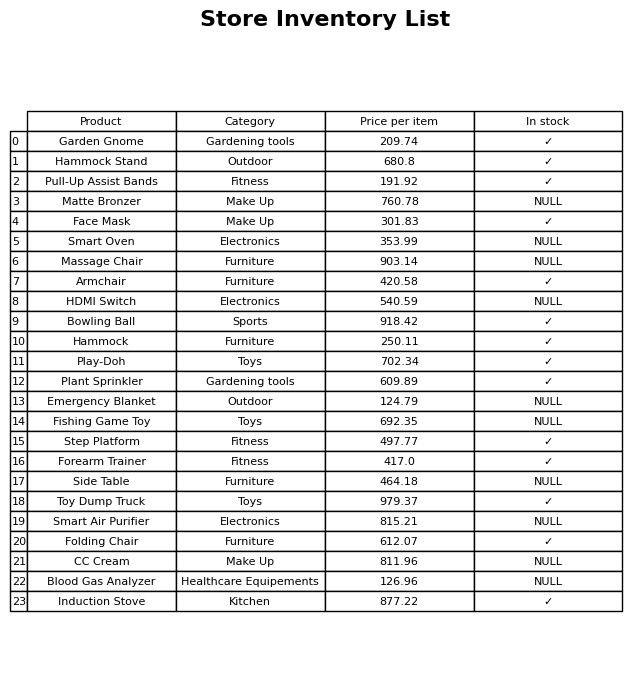
question: What is the stock status of the Massage Chair?
answer: NULL